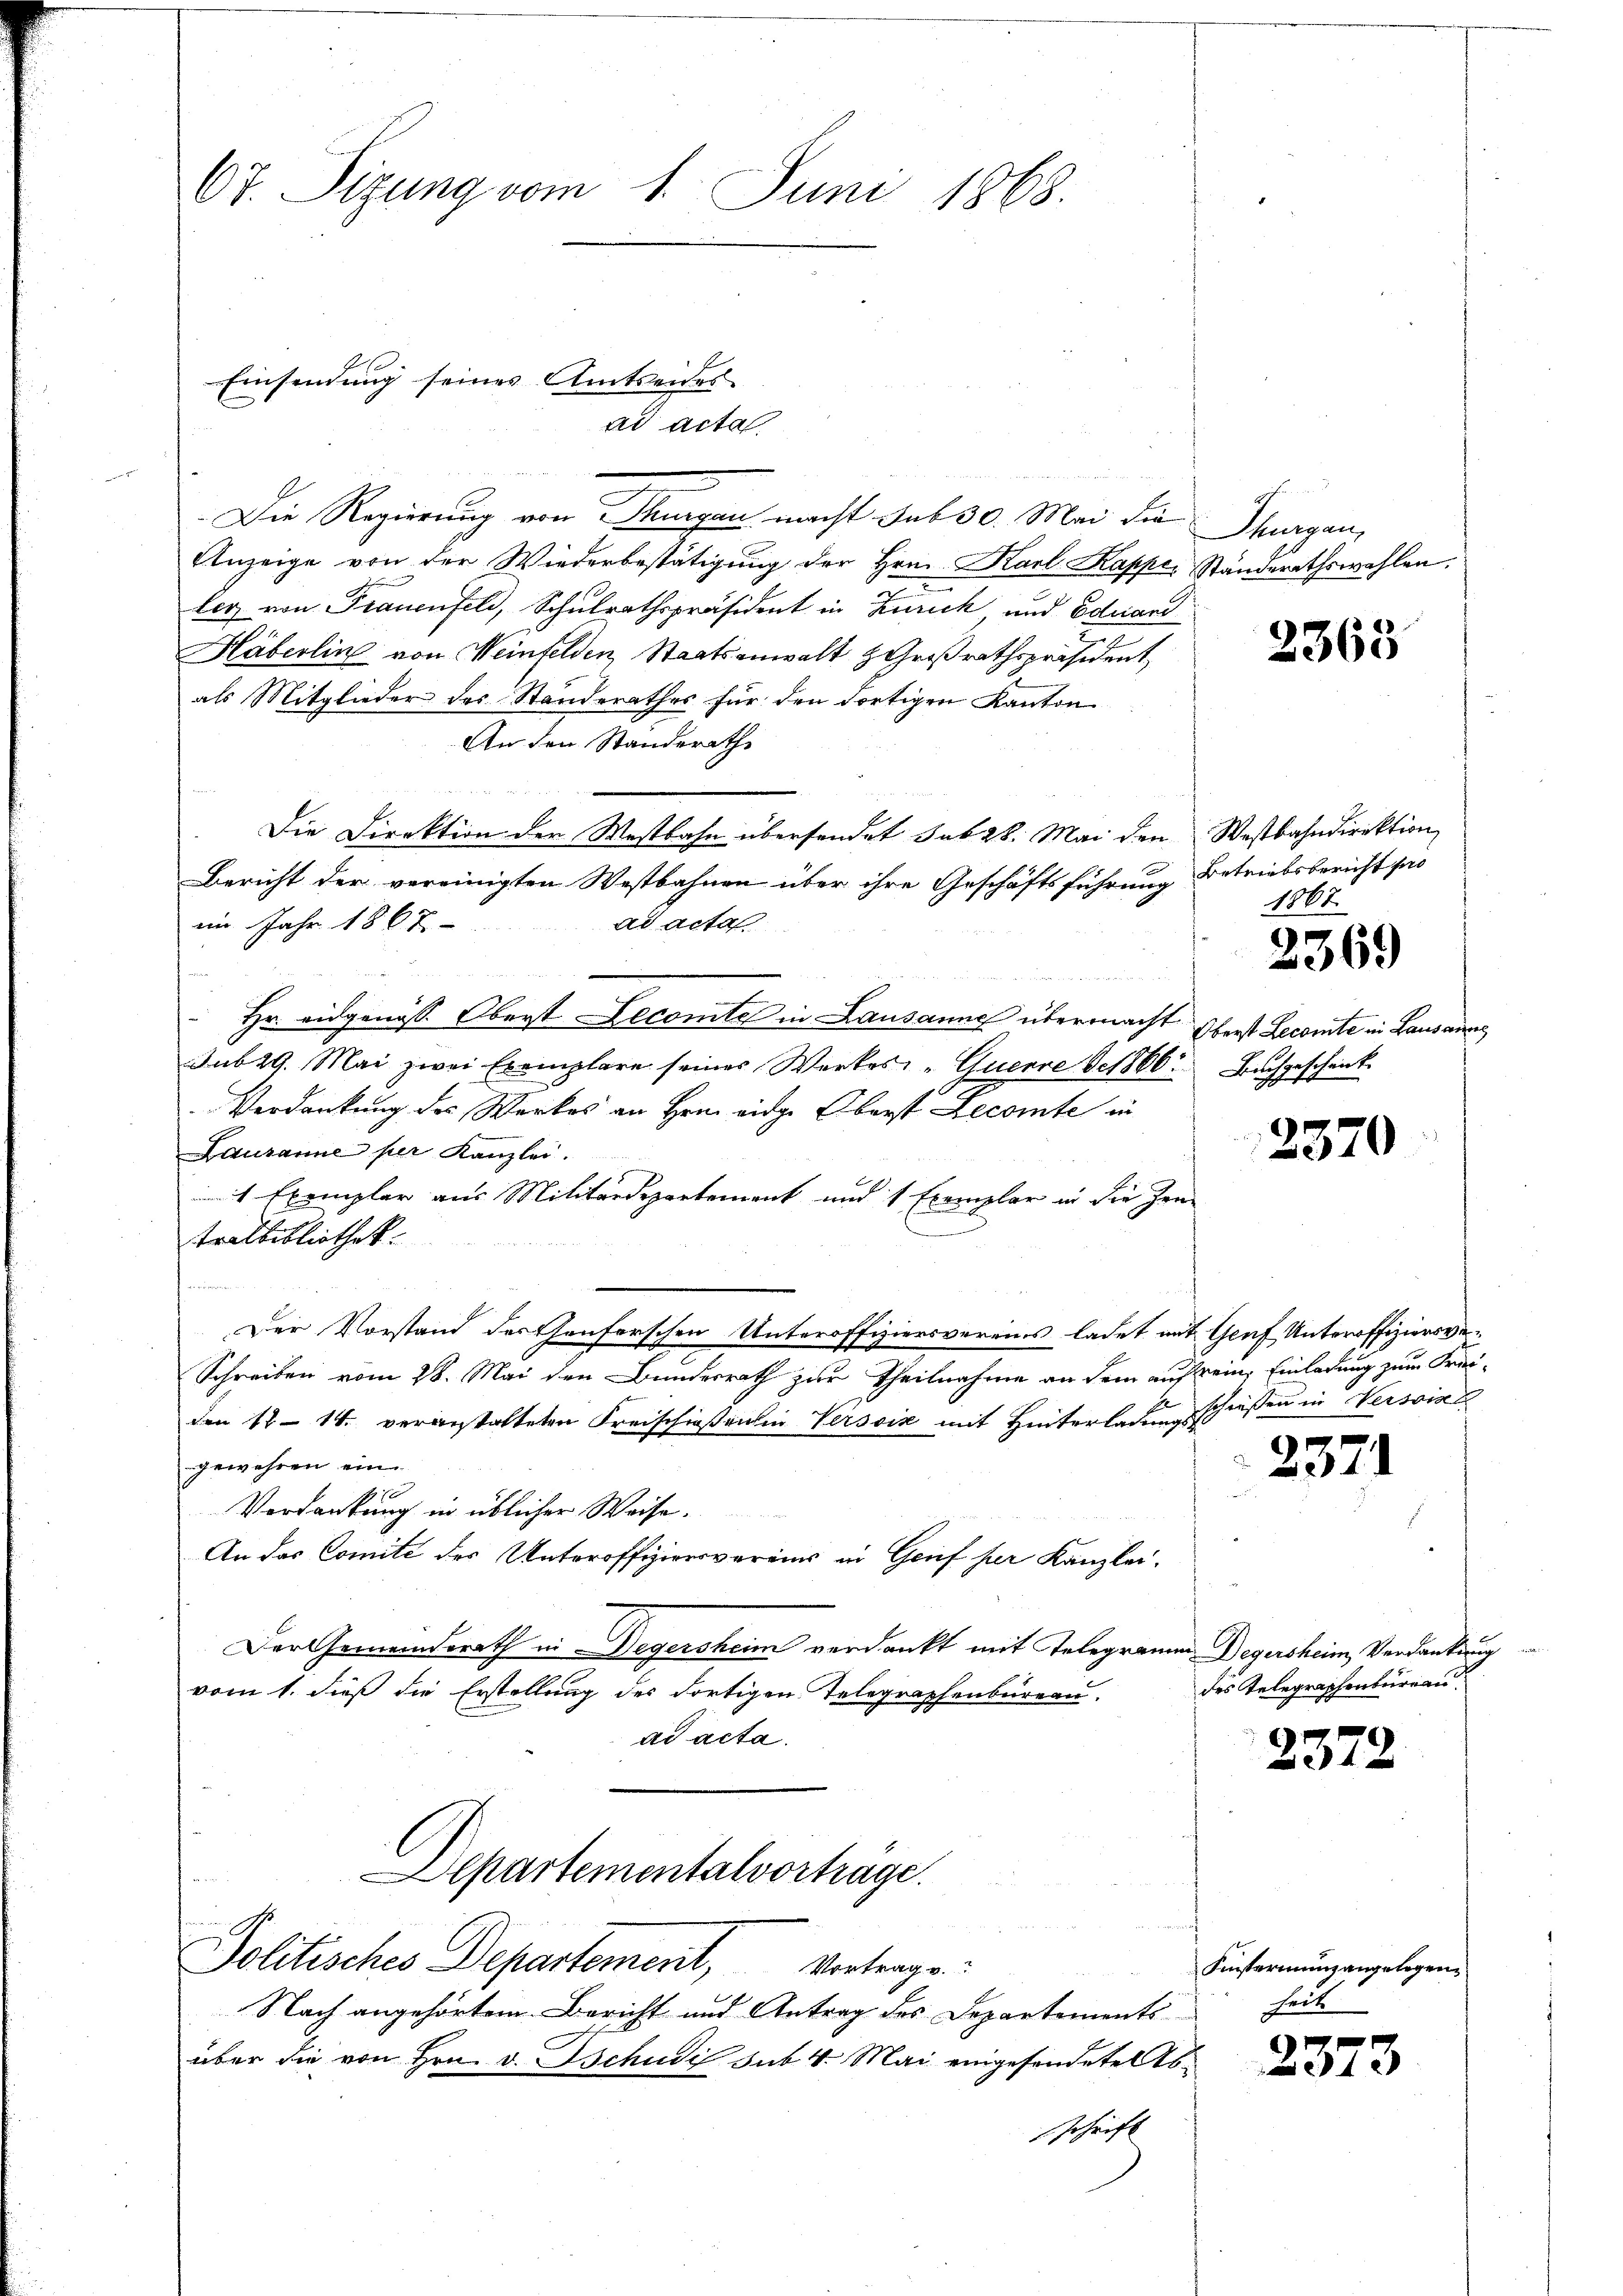
67. Sizung vom 1. Juni 1868.

Die Regierung von Thurgau macht sub 30. Mai die Thurgau,
Anzeige von der Wiederbestätigung der Hrn. Karl Kapper Standerathswahlen.
ler, von Frauenfeld, Schulrathspräsident in Zürich, und Eduard
Häberlin von Weinfelden, Staatsanwalt Großrathspräsident
als Mitglieder des Standerathes für den dortigen Kanton
An den Standerath
Die Direktion der Westbahn übersendet sub 28. Mai den Westbahndirektion
Bericht der vereinigten Westbahnen über ihre Geschäftsführung
iin Jahr 1867
ad acta
n ain einen eine
Hr. eidgenöss. Oberst Lecomtes in Lausanne übermacht Oberst Lecomte in Lausannes
sub 29. Mai zwei Exemplare seiner Werkes „Querre S. 1866 Buchgescheint
Verdankung des Werkes an Henn eidge Oberst Decomte in
Lausanne per Kanzlei.
1 Exemplar aus Militärdepartement und 1 Exemplar in die Zen
tralbibliothek.

Der Vorstand des Genforschen Unteroffiziersvereins ladet mit Genf Unteroffiziersver¬
Schreiben vom 28. Mai den Bundesrath zur Theilnahme an dem auf seine Einladung zum Freiden 12. 14. veranstalteten Kreischießenen Verssix mit Hinterladungsschießen in Versisc
gewehren ein
Vordankung in üblicher Waise.
An das Comité des Unteroffiziersvereins in Geif her Kanzlei.
Der Gemeindsrath in Degersheim verdankt mit Telegramm Degersheim, Verdankung
vom 1. dieß die Erstellung des dortigen Telegraphenbureau.
ad acta.

Einsendung seines Amtseides
ad acta

Departementalverträge.
Politisches Departement, Vertrage

Nach angehörtem Bericht und Antrag des Departements
über die von Hrn. v. Tschudi sub. 4. Mai eingesondete Abschrift

2363

Betriebsbericht fo
1867

2369

2370

2371

des Telegraphenbureau.

2372

Finsternung angelegenheit

2373